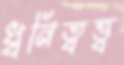
ধ্বনিত্বত্ত্ব